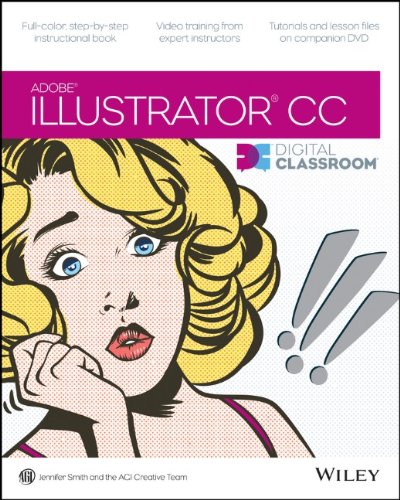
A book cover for Illustrator CC Digital Classroom; Jennifer Smith; Computers & Technology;